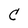
Character: C